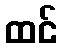
ထင်